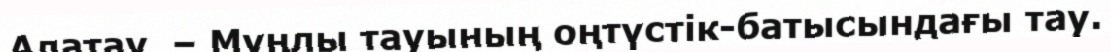
Алатау  – Мұңлы тауының оңтүстік-батысындағы тау.